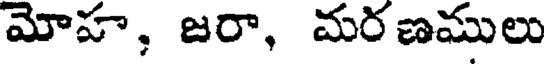
మోహ, జరా, మరణములు